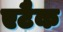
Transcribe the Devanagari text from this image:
एटैक